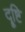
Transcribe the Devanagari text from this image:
दॄ्ष्टि